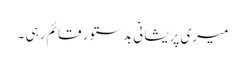
میری پریشانی بد ستور قائم رہی ۔